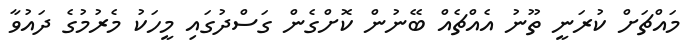
މައްޗަށް ކުރަނީ ތޫނު އެއްޗެއް ބޭނުން ކޮށްގެން ގަސްދުގައި މީހަކު މެރުމުގެ ދައުވާ